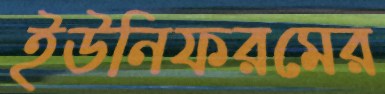
ইউনিফরমের